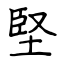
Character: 堅